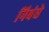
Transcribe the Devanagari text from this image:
निबंधे